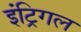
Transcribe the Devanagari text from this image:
इंट्रिगल